Vaccination North-Western Provinces and Oudh 1896-1901 - 1896-1901
Year: 1896
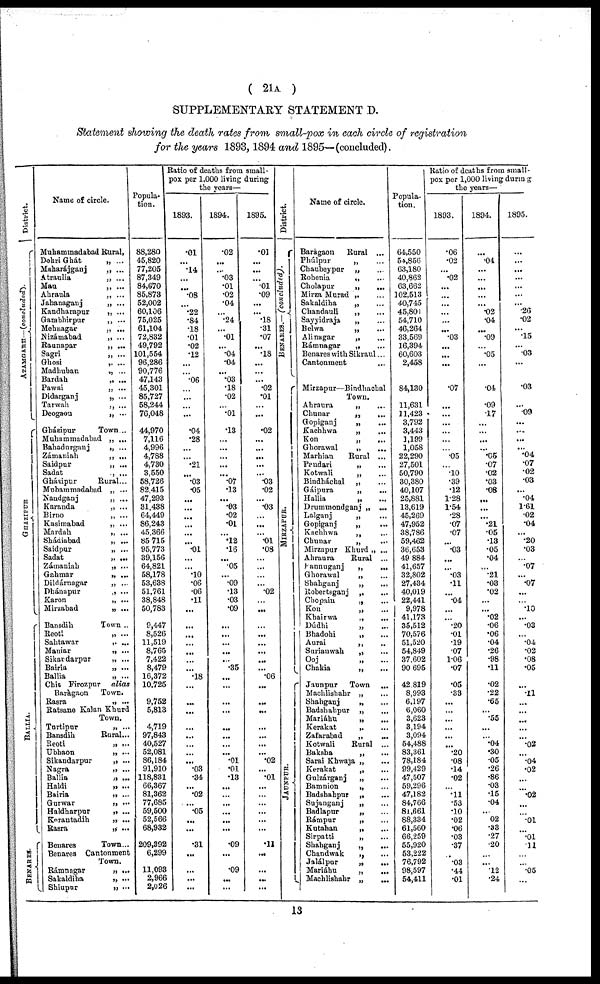
( 21A )
SUPPLEMENTARY STATEMENT D.
Statement showing the death rates from small-pox in each circle of registration
for the years 1893, 1894 and 1895—(concluded).
District.
AZAMGARH—(concluded).
GHAZIPUR
BALLIA.
BENARES.
Name of circle.
Muhammadabad
Dohri Ghát
Maharájganj
Atraulia
Mau
Ahraula
Jahanaganj
Kandharapur
Gambhirpur
Mehnagar
Nizámabad
Raunapar
Sagri
Ghosi
Madhuban
Bardah
Pawai
Didarganj
Tarwah
Deogaon
Gházipur
Muhammadabad
Bahadurganj
Zámaniah
Saidpur
Sadat
Gházipur
Muhammadabad
Naudganj
Karanda
Birno
Kasimabad
Mardah
Shádiabad
Saidpur
Sadat
Zámaniah
Gahmar
Dildárnagar
Dhánapur
Karon
Mirzabad
Bansdih
Reoti
Sahtawar
Maniar
Sikardarpur
Bairia
Ballia
Chit Firozpur alias
Baràgaon
Basra
Ratsane Kalan Khurd
Turtipur
Bansdih
Reoti
Ubhaon
Sikandarpur
Nagra
Ballia
Haldi
Bairia
Gurwar
Haldharpur
Korantadih
Rasra
Benares
Benares Cantonment
Rámnagar
Sakaldiha
Shiupur
Rural,
„ ...
„ ...
„ ...
„ ...
„ ...
„ ...
„ ...
„ ...
„ ...
„ ...
„ ...
„ ...
,. ...
„ ...
„ ...
„ ...
„ ...
„ ...
„ ...
Town...
„ ...
„ ...
„ ...
„ ...
„ ...
Rural...
„ ...
„ ...
„ ...
„ ...
„ ...
„ ...
„ ...
„ ...
„ ...
„ ...
„ ...
„ ...
„ ...
„ ...
„ ...
Town ..
„ ...
,. ...
„ ...
„ ...
„ ...
„ ...
Town.
„ ...
Town.
„ ...
Rural...
„ ...
„ ...
„ ...
„ ...
„ ...
„ ...
„ ...
„ ...
„ ...
„ ...
„ ...
Town...
Town.
„ ...
„ ...
„ ...
Popula-
tion.
88,280
45,820
77,205
87,349
84,670
85,873
52,002
60,106
75,025
61,104
72,832
49,792
101,554
96,286
90,776
47,143
45,301
85,727
58,244
76,048
44,970
7,116
4,996
4,788
4,730
3,550
58,726
82,415
47,293
81,438
64,449
86,243
45,366
85,715
95,773
89,156
64,821
58,178
53,638
51,761
38,848
50,783
9,447
8,526
11,519
8,765
7,422
8,479
16,372
10,725
9,752
5,813
4,719
97,843
40,527
52,081
86,184
91,910
118,831
66,367
81,362
77,685
59,500
52,566
68,932
209,392
6,299
11,093
2,966
2,026
Ratio of deaths from small-
pox per 1,000 living during
the years—
1893.
.01
...
.14
...
...
.08
...
.22
.84
.18
.01
.02
.12
...
...
.06
...
...
...
...
.04
.28
...
...
.21
...
.03
.05
...
...
...
...
...
...
.01
...
...
.10
.06
.06
.11
...
...
...
...
...
...
...
.18
...
...
...
...
...
...
...
...
.03
.34
...
.02
...
.05
...
...
.31
...
...
...
...
1894.
.02
...
...
.03
.01
.02
.04
...
.24
...
.01
...
.04
.04
...
.03
.18
.02
...
...
.13
...
...
...
...
...
.07
.13
...
.03
.02
.01
...
.12
.16
...
.05
...
.09
.13
.03
.09
...
...
...
...
...
.35
...
...
...
...
...
...
...
...
.01
.01
.13
...
...
...
...
...
...
.09
...
.09
...
...
1895.
.01
...
...
...
.01
.09
...
...
.18
.31
.07
...
.18
...
...
...
.02
.01
...
...
.02
...
...
...
...
...
.03
.02
...
.03
...
...
...
.01
.08
...
...
...
...
.02
...
...
...
...
...
...
...
...
.06
...
...
...
...
...
...
...
.02
...
.01
...
...
...
...
...
...
.11
...
...
...
...
District.
BENARES.— (concluded).
MIRZAPUR.
J
AUNP UR.
Name of cirle.
Baragaon
Phúlpur
Chaubeypur
Rohenia
Cholapur
Mirza Murad
Sakaldiba
Chandauli
Sayyidraja
Belwa
Alinagar
Rámnagar
Benares with Sikraul
Cantonment
Mirzapur—Bindhachal
Ahraura
Chunar
Gopiganj
Kachhwa
Kon
Ghorawal
Marhian
Pandari
Kotwali
Bindháchal
Gáipura
Hallia
Drummondganj
Lalganj
Gopiganj
Kachhwa
Chunar
Mirzapur Khurd
Ahraura
Pannuganj
Ghorawal
Shahganj
Robertsganj
Chopain
Kon
Khairwa
Dúdhi
Bhadohi
Aurai
Snrianwah
Ooj
Chakia
Jaunpur
Machlishahr
Shahganj
Badshahpur
Mariáhu
Kerakat
Zafarabad
Kotwali
Baksha
Sarai Khwaja
Kerakat
Gulzárganj
Bamnion
Badshahpur
Sujanganj
Badlapur
Rámpur
Kutahan
Sirpatti
Shahganj
Chandwak
Jalálpur
Mariáhu
Machlishahr
Rural ...
„ ...
„ ...
„ ...
„ ...
„ ...
„ ...
„ ...
„ ...
„ ...
„
...
...
...
Town.
„ ...
„ ...
„ ...
„ ...
„ ...
„ ...
Rural ...
„ ...
„ ...
„ ...
„ ...
„ ...
„ ...
„ ...
„ ...
„ ...
„ ...
„ ...
Rural ...
„ ...
„ ...
„ ...
„ ...
„ ...
„ ...
„ ...
„ ...
„ ...
„ ...
„ ...
„ ...
„ ...
Town ...
„ ...
„ ...
„ ...
„ ...
„ ...
„ ...
Rural ...
„ ...
„ ...
„ ...
„ ...
„ ...
„ ...
„ ...
„ ...
„ ...
„ ...
„ ...
„ ...
„ ...
„
,„
„ ...
„
...
Popula-
tion.
64,550
54,856
63,180
40,862
63,662
102,513
40,745
45,801
54,710
46,264
33,569
16,394
60,603
2,458
84,130
11,631
11,423
3,792
3,443
1,199
1,058
22,290
27,501
50,790
30,380
40,107
25,881
13,619
45,269
47,952
38,786
59,462
36,653
49,884
41,657
32,802
27,434
40,019
22,441
9,978
41,173
35,512
70,576
51,520
54,849
37,602
90,695
42,819
8,993
6,197
6,060
3,623
3,194
3,094
54,488
83,361
78,184
99,429
47,507
59,296
47,182
84,766
81,661
88,334
61,560
66,259
55,920
53,222
76,792
98,597
54,411
Ratio of deaths from small-
pox per 1,000 living during
the years—
1893.
.06
.02
...
.02
...
...
...
...
...
...
.03
...
...
...
.07
...
...
... ...
...
...
.5
...
.10
.39
.12
1.28
1.54
.28
.07
.07
...
.3
...
...
.3
.11
...
.04
...
...
.20
.01
.19
.07
1.6
.07
.05
.33
...
...
...
...
...
...
.20
.08
.14
.02
...
.11
.53
.10
.02
.06
.03
.37
...
.03
.44
.01
1894.
...
.4
...
...
...
...
...
.02
.04
...
.9
...
.5
...
.04
.09
.17
...
...
...
...
.05
.07
.02
.03
.08
...
...
...
.21
.05
.13
.05
.04
...
.1
.08
.02
...
...
.02
.06
.06
.04
.26
.98
.11
.02
.22
.65
...
.55
...
...
.4
.30
.05
.26
.86
.03
15
.04
...
02
.33
.27
.20
...
...
.12
.24
1895.
...
...
...
...
...
...
...
.26
.02
...
.15
...
.03
...
.03
...
.09
...
...
...
...
.04
.07
.02
.03
...
.04
1.61
.02
.04
...
.20
.03
.7
...
.07
...
...
.10
...
.03
...
.04
.02
.08
.05
...
.1
...
...
...
...
...
.2
...
.04
.02
...
...
.2
...
...
.01
... .01
11
...
...
.5
...
13